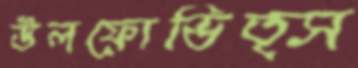
উলফোভিত্স